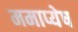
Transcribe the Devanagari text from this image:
ममाप्येष